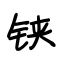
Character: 铗